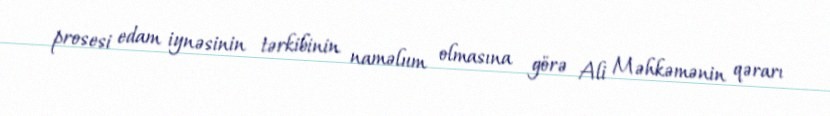
prosesi edam iynəsinin tərkibinin naməlum olmasına görə Ali Məhkəmənin qərarı